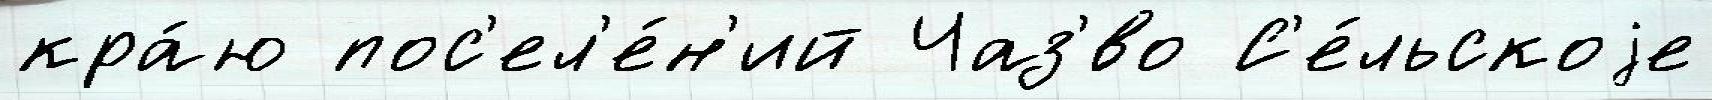
кра́ю пос'ел'е́н'ий Чаз'́во С'е́льскоjе